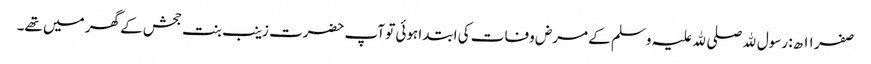
صفر ۱۱ ھ: رسول ﷲ صلی ﷲ علیہ وسلم کے مرض وفات کی ابتدا ہوئی تو آپ حضرت زینب بنت جحش کے گھر میں تھے۔